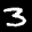
Label: 3